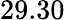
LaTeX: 29.30